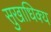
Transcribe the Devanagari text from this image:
सुखाधिक्य